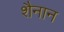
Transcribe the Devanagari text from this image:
शैनान